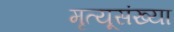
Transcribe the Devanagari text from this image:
मृत्यूसंख्या